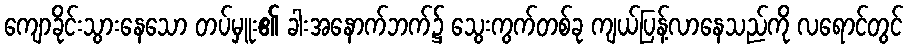
ကျောခိုင်းသွားနေသော တပ်မှူး၏ ခါးအနောက်ဘက်၌ သွေးကွက်တစ်ခု ကျယ်ပြန့်လာနေသည်ကို လရောင်တွင်